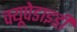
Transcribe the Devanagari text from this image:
क्यूपेडाइडी